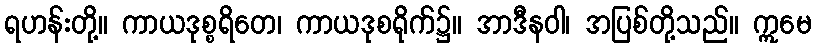
ရဟန်းတို့။ ကာယဒုစ္စရိတေ၊ ကာယဒုစရိုက်၌။ အာဒီနဝါ၊ အပြစ်တို့သည်။ ဣမေ